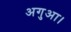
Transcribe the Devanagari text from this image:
अगुआ।